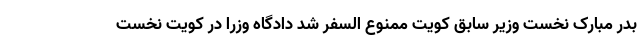
بدر مبارک نخست وزیر سابق کویت ممنوع السفر شد دادگاه وزرا در کویت نخست